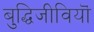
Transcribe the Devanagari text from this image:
बुद्धिजीवियॊं